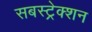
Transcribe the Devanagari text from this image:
सबस्ट्रेक्शन